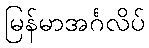
မြန်မာအင်္ဂလိပ်